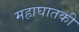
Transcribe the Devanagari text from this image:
महाघातकी